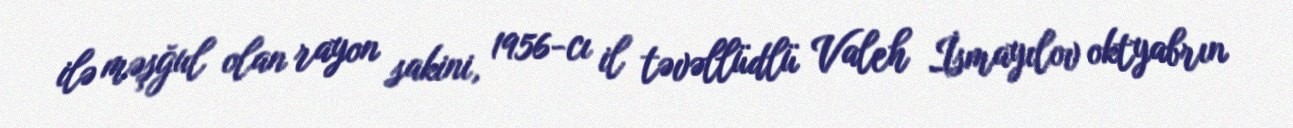
ilə məşğul olan rayon sakini, 1956-cı il təvəllüdlü Valeh İsmayılov oktyabrın